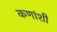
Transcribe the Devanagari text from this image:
कणांशी